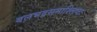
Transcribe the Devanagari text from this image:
बलभद्रसमाश्लिष्टः